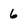
Character: 6